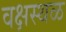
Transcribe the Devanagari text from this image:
वक्षस्थळ